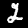
Digit: 2